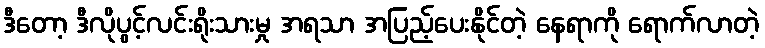
ဒီတော့ ဒီလိုပွင့်လင်းရိုးသားမှု အရသာ အပြည့်ပေးနိုင်တဲ့ နေရာကို ရောက်လာတဲ့